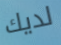
لديك